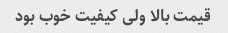
قیمت بالا ولی کیفیت خوب بود